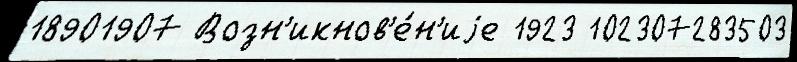
18901907 Возн'икнов'е́н'иjе 1923 102307283503